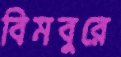
বিমবুরে